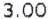
3.00